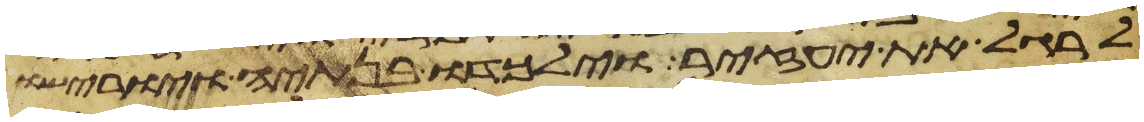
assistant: לרגל את יעזיר וילכדו בנתיה ויורישו